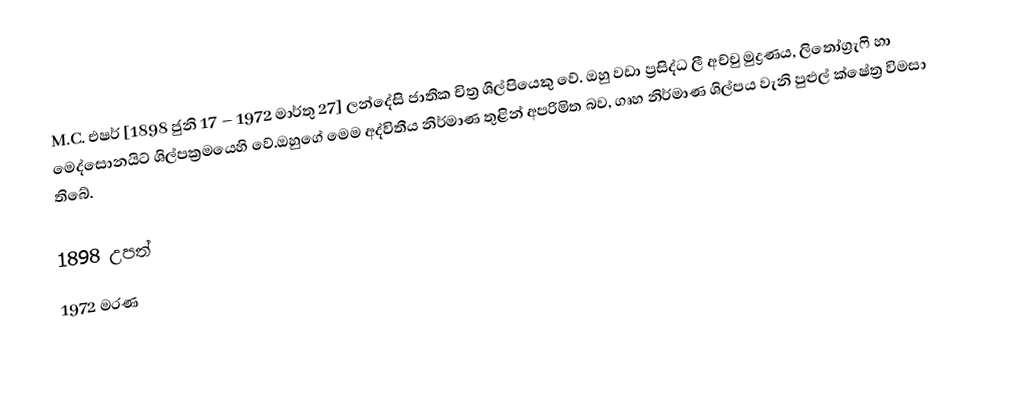
M.C. එෂර් [1898 ජුනි 17 – 1972 මාර්තු 27] ලන්දේසි ජාතික චිත්‍ර ශිල්පියෙකු වේ. ඔහු වඩා ප්‍රසිද්ධ ලී අච්චු මුද්‍රණය, ලිතෝග්‍රැෆි හා මෙද්සොනයිට් ශිල්පක්‍රමයෙහි වේ.ඔහුගේ මෙම අද්විතීය නිර්මාණ තුළින් අපරිමිත බව, ගෘහ නිර්මාණ ශිල්පය වැනි පුළුල් ක්ෂේත්‍ර විමසා තිබේ.

1898 උපත්
1972 මරණ